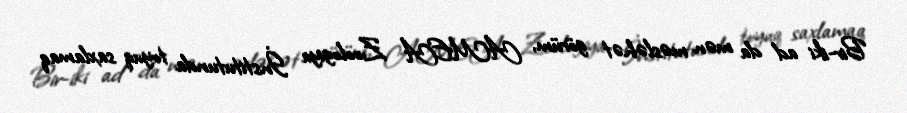
Bir-iki ad da mən məsləhət görüm, AMEA Zoologiya İnstitutunda toyuq saxlamaq